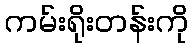
ကမ်းရိုးတန်းကို